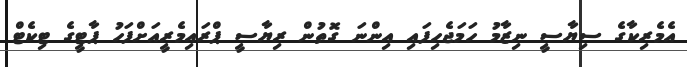
އެމެރިކާގެ ސިޔާސީ ނިޒާމު ހަމަޖެހިފައި އިންނަ ގޮތުން ރިޔާސީ ޕްރައިމެރީއަށްފަހު ޕާޓީގެ ޓިކެޓް